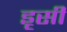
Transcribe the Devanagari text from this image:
इृसी